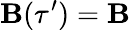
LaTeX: \mathbf{B}(\tau^{\prime})=\mathbf{B}